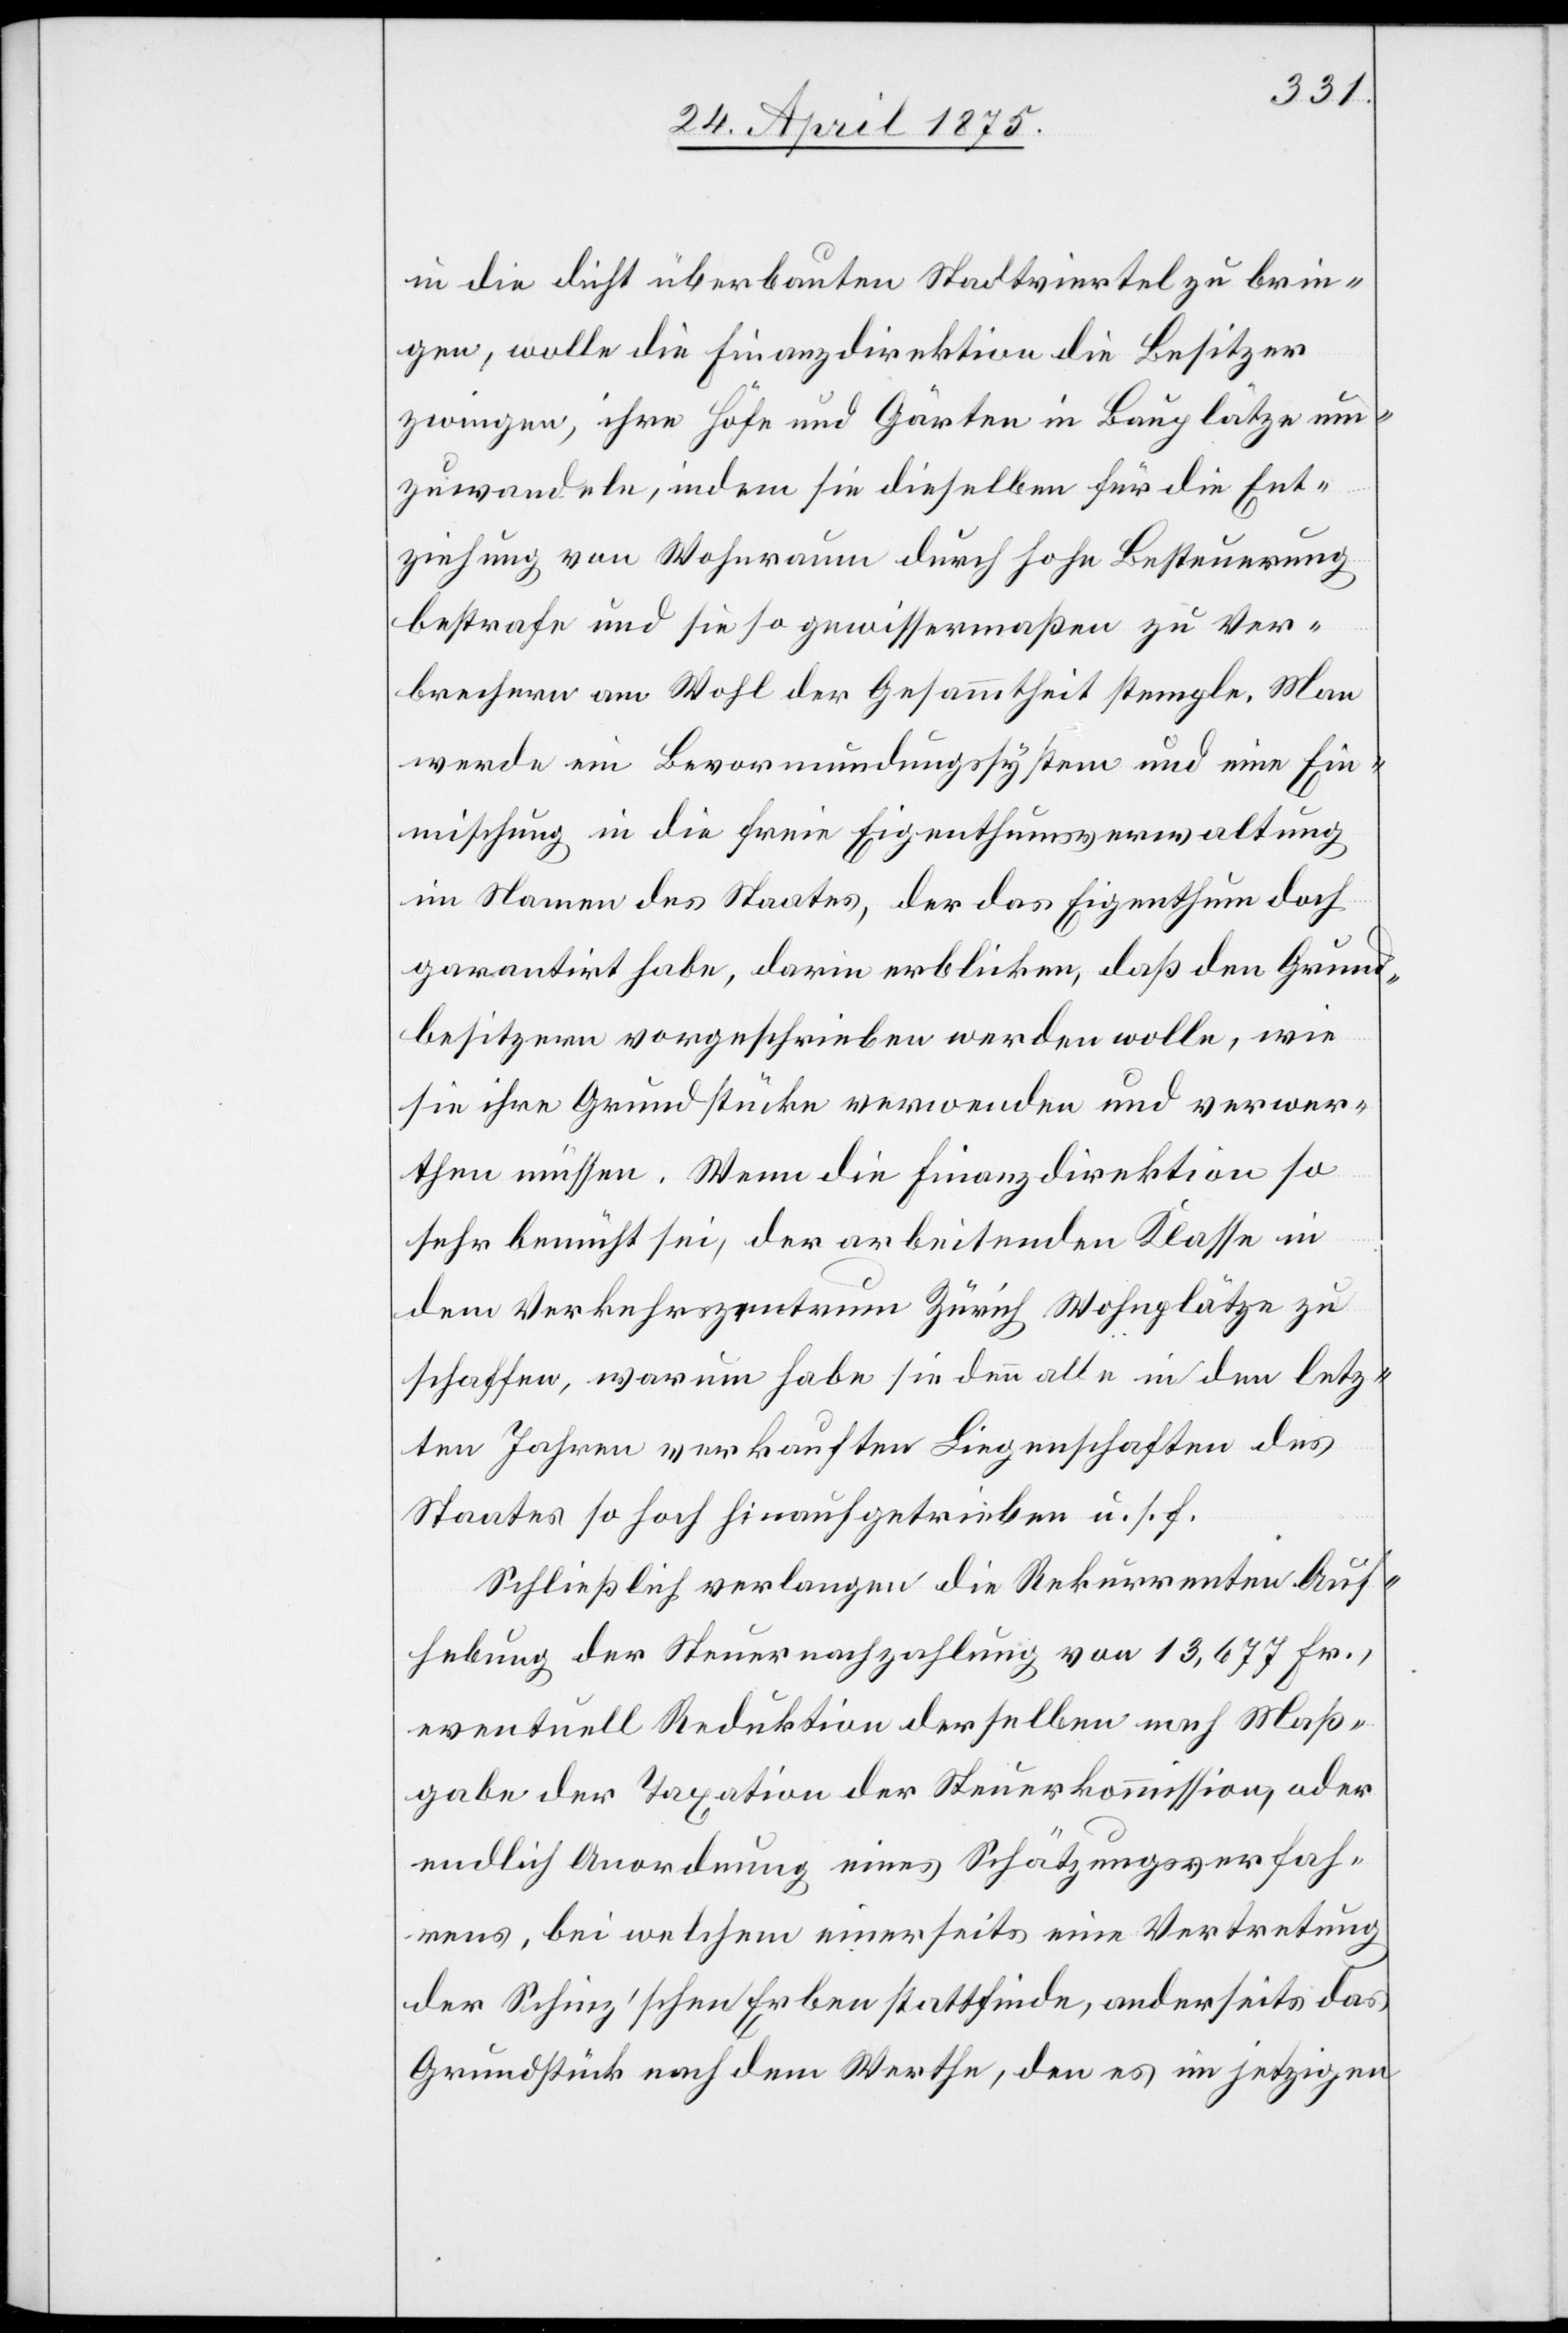
in die Dicht überbauten Stadtviertel zu brin¬
gen, wolle die Finanzdirektion die Besitzer
zwingen, ihre Höhe und Gärten in Bauplätze um¬
zuwandeln, indem sie dieselben für die Ent¬
ziehung von Wohnraum durch hohe Besteuerung
bestrafe und sie so gewissermaßen zu Ver¬
brechern am Wohl der Gesammtheit stemple. Man
werde ein Bevormundungssystem und eine Ein¬
mischung in die freie Eigenthumsverwaltung
im Namen des Staates, der das Eigenthum doch
garantirt habe, darin erblicken, daß den Grund¬
besitzern vorgeschrieben werden wolle, wie
sie ihre Grundstücke verwenden und verwer¬
then müssen. Wenn die Finanzdirektion so
sehr bemüht sei, der arbeitenden Klasse in
dem Verkehrszentrum Zürich Wohnplätze zu
schaffen, warum habe sie denn alle in den letz¬
ten Jahren verkauften Liegenschaften des
Staates so hoch hinauf getrieben u. s. f.
Schließlich verlangen die Rekurrenten Auf¬
hebung der Steuernachzahlung von 13,677 Fr.,
eventuell Reduktion derselben nach Maß¬
gabe der Taxation der Steuerkommission, oder
endlich Anordnung eines Schätzungsverfah¬
rens, bei welchem einerseits eine Vertretung
der Schinz’schen Erben stattfinde, anderseits das
Grundstück nach dem Werthe, den es im jetzigen